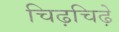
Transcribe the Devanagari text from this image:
चिढ़चिढ़े